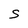
Character: S